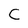
Character: C